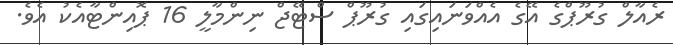
ރެއާލް ގުރޫޕްގެ އޭގެ އެއްވަނައިގައި ގުރޫޕް ސްޓޭޖް ނިންމާލީ 16 ޕޮއިންޓާއެކު އެވެ.